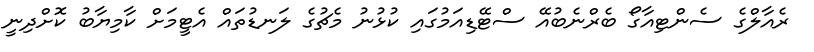
ރެއާލްގެ ސެންޓިއާގޯ ބެރްނެބުއޭ ސްޓޭޑިއަމުގައި ކުޅުނު މެޗުގެ ލަނޑުތައް އެޓީމަށް ކާމިޔާބު ކޮށްދިނީ